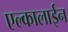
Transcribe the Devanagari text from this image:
एल्कालाईन